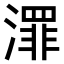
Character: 𣿓